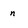
Character: n